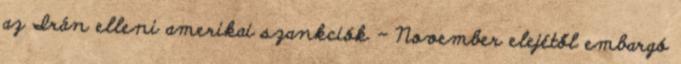
az Irán elleni amerikai szankciók - November elejétől embargó